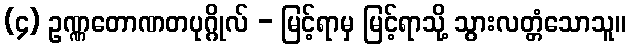
(၄) ဥဏ္ဏတောဏတပုဂ္ဂိုလ် - မြင့်ရာမှ မြင့်ရာသို့ သွားလတ္တံသောသူ။